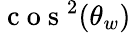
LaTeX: \mathrm{~c~o~s~}^{2}(\theta_{w})